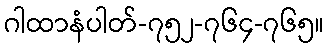
ဂါထာနံပါတ်-၇၅၂-၇၆၄-၇၆၅။